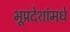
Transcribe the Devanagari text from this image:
भूप्रदेशांमधे